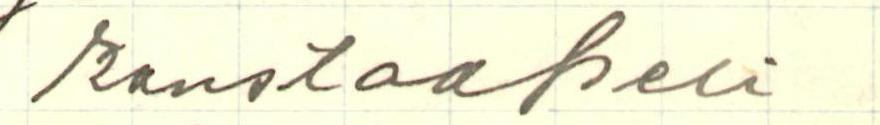
konstaapeli